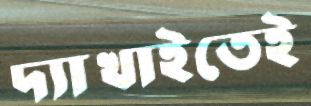
দ্যাখাইতেই